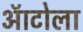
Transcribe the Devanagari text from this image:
ऑटोला